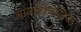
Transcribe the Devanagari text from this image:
आवर्तकालिक